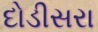
દોડીસરા